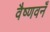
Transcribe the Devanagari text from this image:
वैष्णवनँ